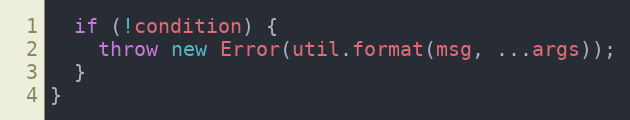
Language: JavaScript
  if (!condition) {
    throw new Error(util.format(msg, ...args));
  }
}